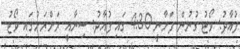
ފުއާދު: ވޯޓު ގުނުން ފަށާނީ 4:30 ގައި ފުއާދު: ސިނާއީ ރަށްރަށުގައި ވޯޓު